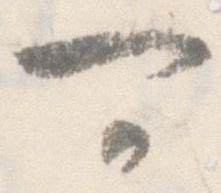
可